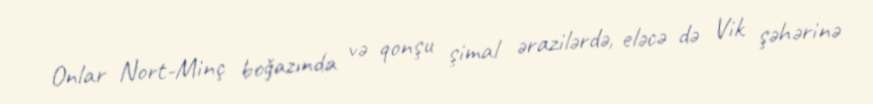
Onlar Nort-Minç boğazında və qonşu şimal ərazilərdə, eləcə də Vik şəhərinə